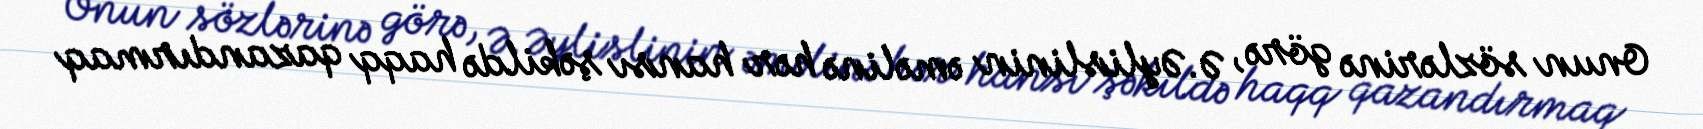
Onun sözlərinə görə, Ə.Əylislinin əməlinə hər hansı şəkildə haqq qazandırmaq